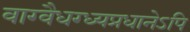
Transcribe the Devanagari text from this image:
वाग्वैधग्ध्यप्रधानेऽपि